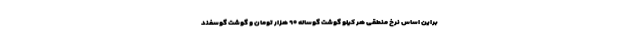
براین اساس نرخ منطقی هر کیلو گوشت گوساله ۹۰ هزار تومان و گوشت گوسفند